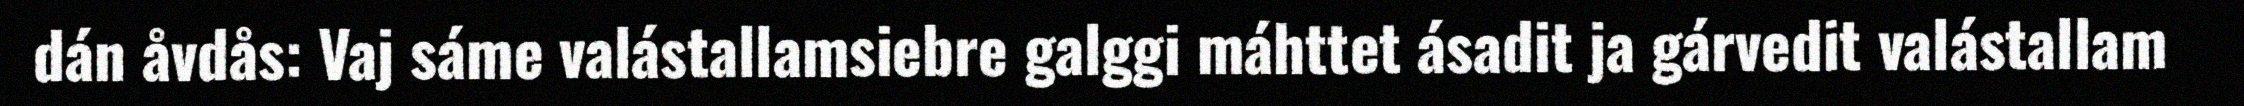
dán åvdås: Vaj sáme valástallamsiebre galggi máhttet ásadit ja gárvedit valástallam